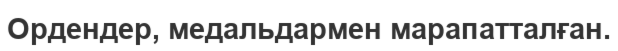
Ордендер, медальдармен марапатталған.